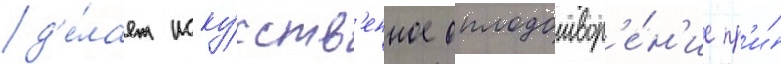
д'е́лает иску́сств'енное оплодотвор'е́н'ие пр'и́